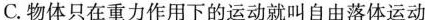
C.物体只在重力作用下的运动就叫自由落体运动